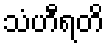
သံဟီရတိ